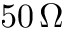
5 0 \, \Omega